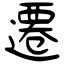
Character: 遷